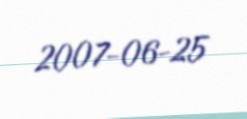
2007-06-25